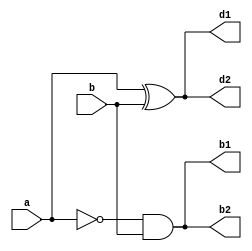
module half_sub(a,b,d1,d2,b1,b2);
  input wire a,b;
  output reg d1,b1;
  output d2,b2;
  
  assign d2 = a^b;     
  assign b2 = ~a&b;
  
  always @ (a,b)        
    begin
      d1 = a^b;
      b1 = ~a&b;
    end
endmodule